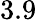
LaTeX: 3.9